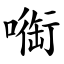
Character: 㗸